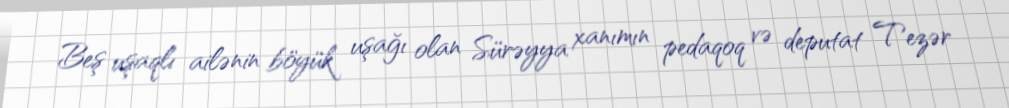
Beş uşaqlı ailənin böyük uşağı olan Sürəyya xanımın pedaqoq və deputat Tezər